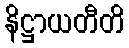
နိဋ္ဌာယတီတိ